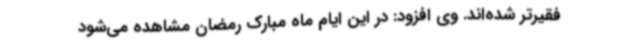
فقیرتر شده‌اند. وی افزود: در این ایام ماه مبارک رمضان مشاهده می‌شود